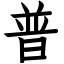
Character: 普